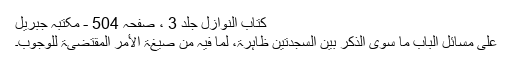
کتاب النوازل جلد 3 ، صفحہ 504 - مکتبہ جبریل
علی مسائل الباب ما سوی الذکر بین السجدتین ظاہرۃ، لما فیہ من صیغۃ الأمر المقتضیۃ للوجوب۔